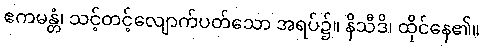
ဧကမန္တံ၊ သင့်တင့်လျောက်ပတ်သော အရပ်၌။ နိသီဒိ၊ ထိုင်နေ၏။